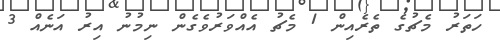
ހަތަރު މެޗުގެ ތެރެއިން 1 މެޗު އެއްވަރުވެގެން ނިމުނު އިރު އަނެއް 3